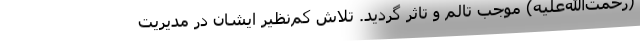
(رحمت‌الله‌علیه) موجب تالم و تاثر گردید. تلاش کم‌نظیر ایشان در مدیریت